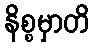
နိစ္စမှာတိ